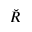
\breve { R }